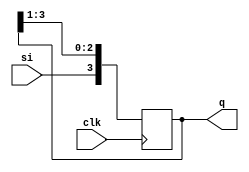
// This program was cloned from: https://github.com/Aryavardhan37/Verilog_codes
// License: MIT License

module sipos (
    input clk,input si,output reg [3:0]q
);
    always @(posedge clk) begin
        //right shift
        q[3]<=si;
        q[2]<=q[3];
        q[1]<=q[2];
        q[0]<=q[1];
    end
endmodule